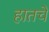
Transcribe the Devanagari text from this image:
हातचें